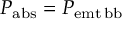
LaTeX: P _ { \mathrm { { a b s } } } = P _ { \mathrm { { e m t \, b b } } }